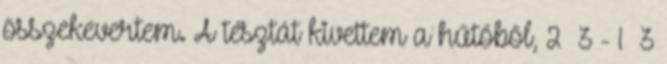
összekevertem. A tésztát kivettem a hűtőből, 2 3 - 1 3